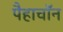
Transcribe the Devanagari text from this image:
पैहाचॉन